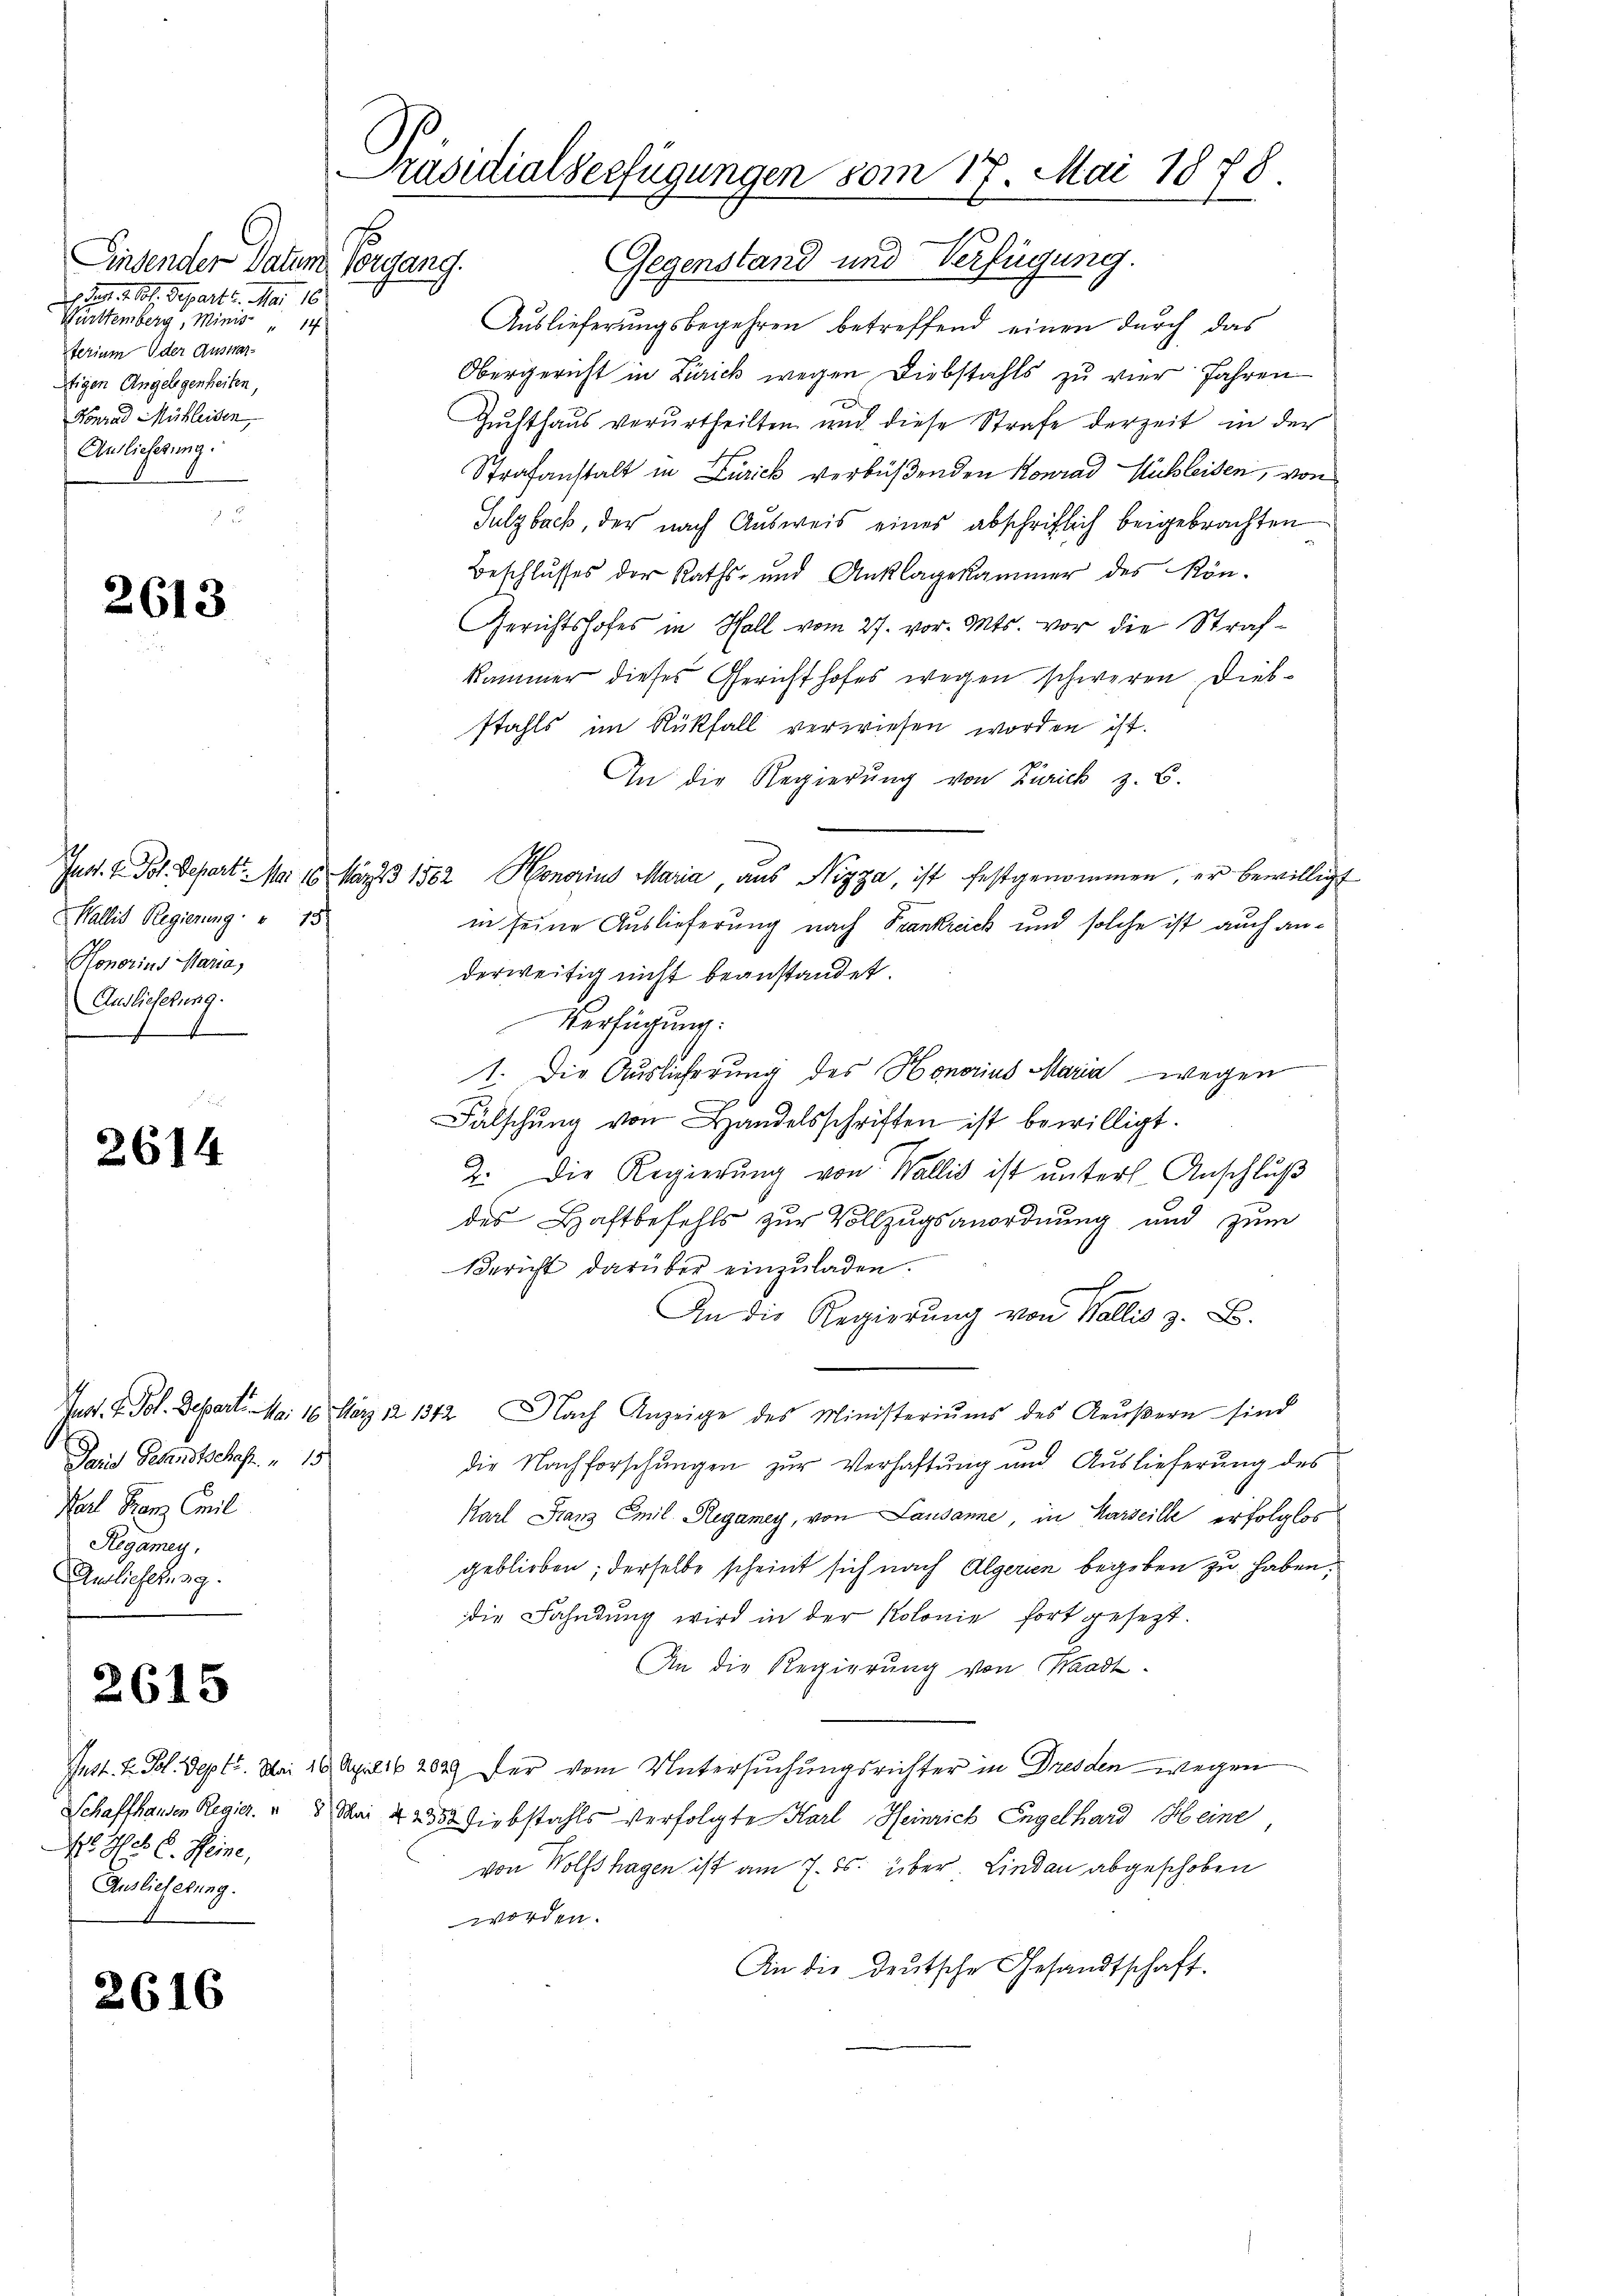
Findender Datum sorgang.
Wet 2. 61. Separte. Mai 18
Württemberg, Minis " 14
terium Oder Auswartigen Angelegenheiten,
Konrad Mühleiden
Anlieferung.

2613

Wallis Regierung " 15
Honorius Maria,
Auslieferung.
e

2614

Die Gesandtschaft. " 15
Karl Franz Cmil
Regamey,
Auslieferung.

2615

4o Hr. C. Heine,
Auslieferung.

2616

Präsidialverfügungen vom 17. Mai 1878.
E

Gegenstand und Verfügung.
Auslieferungsbegehren betreffend einen durch das
Obergericht in Zürick wegen Diebstahls zu vier Jahren
Guchthaus verurtheilten und diese Strafe derzeit in der
Strafanstalt in Zürick verbüßenden Konrad Michleiden, von
Sulzbach, der nach Ausweis eines abschriftlich beigebrachten
Beschlusses der Raths- und Anklagekammer des Rön-
Gerichtshofes in Hall vom 27. vor. Mts. vor die Strafkammer dieses Gerichthofes wegen schweren Diebstahls im Rückfall verwiesen worden ist.
An die Regierung von Zürich z. B.
Juss. v. Joh. Depart. Mai 16. März 1582 Honorius Maria, aus Nizza, ist festgenommen, er bewilligt
in seine Auslieferung nach Frankreich und solche ist auch anderweitig nicht beanstandet.
Verfügung:
1. Die Auslieferung des Honorius Maria wegen
Fälschŭng von Handelsschriften ist bewilligt.
2. Die Regierung von Wallis ist unter Anschluß
des Haftbefehls zur Vollzugsanordnung und zum
Bericht darüber einzŭladen.
An die Regierung von Wallis z. B.
Jnst. V. Pol. Depart. Mai 16. März 12 1342 Nach Anzeige des Ministeriums des Aeŭβern sind
die Nachforschungen zur Verhaftung und Auslieferung des
Karl Franz Emil Regamey, von Lausanne, in Karseille erfolglos
geblieben; derselbe scheint sich nach Algerien begeben zu haben.
die Fahndung wird in der Kolonie fort gesezt.
An die Regierung von Waadt.
Jnst. E. Fol. Sept. Mai 18. April 16 282 der vom Untersuchungsrichter in Dresden wegen
Schaffhausen Regier. " 8 Mai & 252 diebstahls verfolgte Karl Heinrich Engelhard Heine
von Wolfshagen ist am 7. ds. über Lindau abgeschoben
worden.
An die deutsche Gesandtschaft.